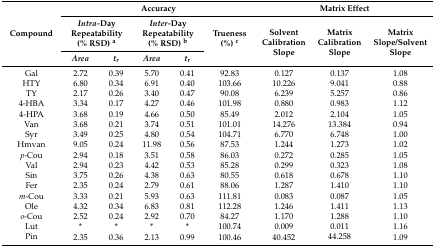
<table><thead><tr><td rowspan="3"><b>Compound</b></td><td colspan="5"><b>Accuracy</b></td><td colspan="3"><b>Matrix Effect</b></td></tr><tr><td colspan="2"><b><i>Intra-</i>Day Repeatability (% RSD) <sup>a</sup></b></td><td colspan="2"><b><i>Inter-</i>Day Repeatability (% RSD) <sup>b</sup></b></td><td rowspan="2"><b>Trueness (%) <sup>c</sup></b></td><td rowspan="2"><b>Solvent Calibration Slope</b></td><td rowspan="2"><b>Matrix Calibration Slope</b></td><td rowspan="2"><b>Matrix Slope/Solvent Slope</b></td></tr><tr><td><b><i>Area</i></b></td><td><b><i>t<sub>r</sub></i></b></td><td><b><i>Area</i></b></td><td><b><i>t<sub>r</sub></i></b></td></tr></thead><tbody><tr><td>Gal</td><td>2.72</td><td>0.39</td><td>5.70</td><td>0.41</td><td>92.83</td><td>0.127</td><td>0.137</td><td>1.08</td></tr><tr><td>HTY</td><td>6.80</td><td>0.34</td><td>6.91</td><td>0.40</td><td>103.66</td><td>10.226</td><td>9.041</td><td>0.88</td></tr><tr><td>TY</td><td>2.17</td><td>0.26</td><td>3.40</td><td>0.47</td><td>90.08</td><td>6.239</td><td>5.257</td><td>0.86</td></tr><tr><td>4-HBA</td><td>3.34</td><td>0.17</td><td>4.27</td><td>0.46</td><td>101.98</td><td>0.880</td><td>0.983</td><td>1.12</td></tr><tr><td>4-HPA</td><td>3.68</td><td>0.19</td><td>4.66</td><td>0.50</td><td>85.49</td><td>2.012</td><td>2.104</td><td>1.05</td></tr><tr><td>Van</td><td>3.68</td><td>0.21</td><td>3.74</td><td>0.51</td><td>101.01</td><td>14.276</td><td>13.384</td><td>0.94</td></tr><tr><td>Syr</td><td>3.49</td><td>0.25</td><td>4.80</td><td>0.54</td><td>104.71</td><td>6.770</td><td>6.748</td><td>1.00</td></tr><tr><td>Hmvan</td><td>9.05</td><td>0.24</td><td>11.98</td><td>0.56</td><td>87.53</td><td>1.244</td><td>1.273</td><td>1.02</td></tr><tr><td><i>p</i>-Cou</td><td>2.94</td><td>0.18</td><td>3.51</td><td>0.58</td><td>86.03</td><td>0.272</td><td>0.285</td><td>1.05</td></tr><tr><td>Val</td><td>2.94</td><td>0.23</td><td>4.42</td><td>0.53</td><td>85.28</td><td>0.299</td><td>0.323</td><td>1.08</td></tr><tr><td>Sin</td><td>3.75</td><td>0.26</td><td>4.38</td><td>0.63</td><td>80.55</td><td>0.618</td><td>0.678</td><td>1.10</td></tr><tr><td>Fer</td><td>2.35</td><td>0.24</td><td>2.79</td><td>0.61</td><td>88.06</td><td>1.287</td><td>1.410</td><td>1.10</td></tr><tr><td><i>m</i>-Cou</td><td>3.33</td><td>0.21</td><td>5.93</td><td>0.63</td><td>111.81</td><td>0.083</td><td>0.087</td><td>1.05</td></tr><tr><td>Ole</td><td>4.32</td><td>0.34</td><td>6.83</td><td>0.81</td><td>112.28</td><td>1.246</td><td>1.411</td><td>1.13</td></tr><tr><td><i>o</i>-Cou</td><td>2.52</td><td>0.24</td><td>2.92</td><td>0.70</td><td>84.27</td><td>1.170</td><td>1.288</td><td>1.10</td></tr><tr><td>Lut</td><td>*</td><td>*</td><td>*</td><td>*</td><td>100.74</td><td>0.009</td><td>0.011</td><td>1.16</td></tr><tr><td>Pin</td><td>2.35</td><td>0.36</td><td>2.13</td><td>0.99</td><td>100.46</td><td>40.452</td><td>44.258</td><td>1.09</td></tr></tbody></table>